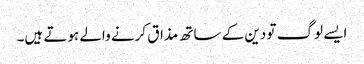
ایسے لوگ تو دین کے ساتھ مذاق کرنے والے ہوتے ہیں۔